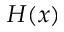
H ( x )